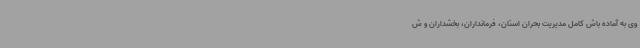
وی به آماده باش کامل مدیریت بحران استان، فرمانداران، بخشداران و ش